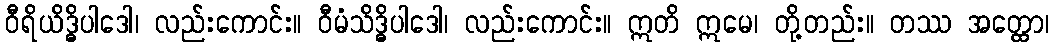
ဝီရိယိဒ္ဓိပါဒေါ၊ လည်းကောင်း။ ဝီမံသိဒ္ဓိပါဒေါ၊ လည်းကောင်း။ ဣတိ ဣမေ၊ တို့တည်း။ တဿ အတ္ထော၊